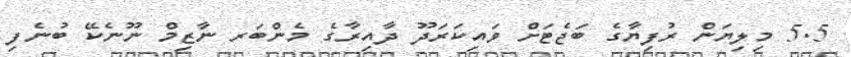
5.5 މިލިޔަން ރުފިޔާގެ ބަޖެޓަށް ވައިކަރަދޫ ދާއިރާގެ މެންބަރ ނާޒިމް ނޫނެކޭ ބުނެފި